Civil Veterinary Department Bihar & Orissa reports 1922-29 - 1922-1929
Year: 1922
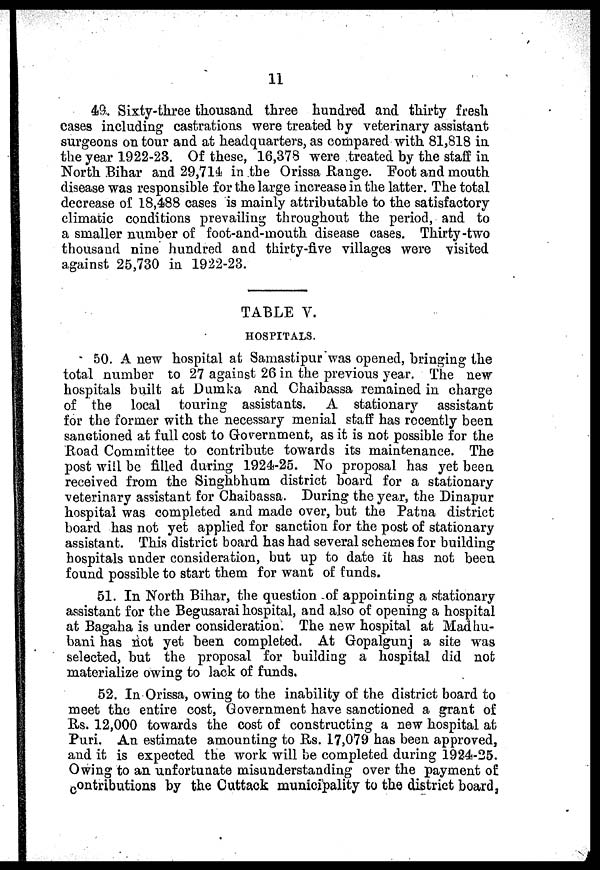
11
49. Sixty-three thousand three hundred and thirty fresh
cases including castrations were treated by veterinary assistant
surgeons on tour and at headquarters, as compared with 81,818 in
the year 1922-23. Of these, 16,378 were treated by the staff in
North Bihar and 29,714 in the Orissa Range. Foot and mouth
disease was responsible for the large increase in the latter. The total
decrease of 18,488 cases is mainly attributable to the satisfactory
climatic conditions prevailing throughout the period, and to
a smaller number of foot-and-mouth disease cases. Thirty-two
thousand nine hundred and thirty-five villages were visited
against 25,730 in 1922-23.
TABLE V.
HOSPITALS.
50. A new hospital at Samastipur was opened, bringing the
total number to 27 against 26 in the previous year. The new
hospitals built at Dumka and Chaibassa remained in charge
of the local touring assistants. A stationary assistant
for the former with the necessary menial staff has recently been
sanctioned at full cost to Government, as it is not possible for the
Road Committee to contribute towards its maintenance. The
post will be filled during 1924-25. No proposal has yet been
received from the Singhbhum district board for a stationary
veterinary assistant for Chaibassa. During the year, the Dinapur
hospital was completed and made over, but the Patna district
board has not yet applied for sanction for the post of stationary
assistant. This district board has had several schemes for building
hospitals under consideration, but up to date it has not been
found possible to start them for want of funds.
51. In North Bihar, the question of appointing a stationary
assistant for the Begusarai hospital, and also of opening a hospital
at Bagaha is under consideration. The new hospital at Madhu-
bani has not yet been completed. At Gopalgunj a site was
selected, but the proposal for building a hospital did not
materialize owing to lack of funds.
52. In Orissa, owing to the inability of the district board to
meet the entire cost, Government have sanctioned a grant of
Rs. 12,000 towards the cost of constructing a new hospital at
Puri. An estimate amounting to Rs. 17,079 has been approved,
and it is expected the work will be completed during 1924-25.
Owing to an unfortunate misunderstanding over the payment of
contributions by the Cuttack municipality to the district board,